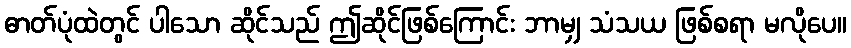
ဓာတ်ပုံထဲတွင် ပါသော ဆိုင်သည် ဤဆိုင်ဖြစ်ကြောင်း ဘာမျှ သံသယ ဖြစ်စရာ မလိုပေ။